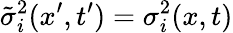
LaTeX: \tilde{\sigma}_{i}^{2}(x^{\prime},t^{\prime})=\sigma_{i}^{2}(x,t)